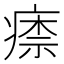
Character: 𤸏